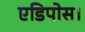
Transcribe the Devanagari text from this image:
एडिपोस।